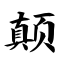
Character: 颠